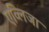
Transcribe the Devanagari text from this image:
एव्लिजा